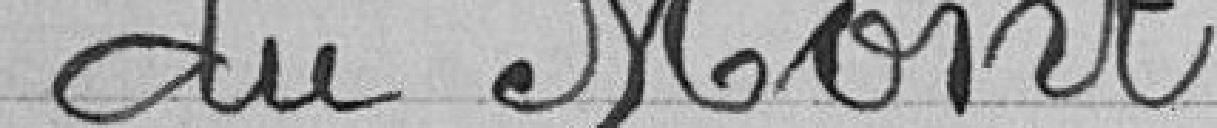
du Mont